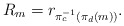
\begin{align*}R_{m}=r_{\pi_{c}^{-1}\left(\pi_{d}\left(m\right)\right)}.\end{align*}